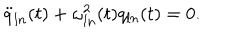
LaTeX: \ddot { q } _ { l n } ( t ) + \omega _ { l n } ^ { 2 } ( t ) q _ { l n } ( t ) = 0 .